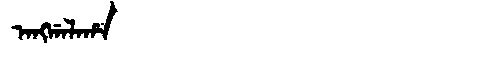
Manchu: ᠠᠩᡤᠠᠯᠠᡥᠠ
Romanization: ANGGALAHA